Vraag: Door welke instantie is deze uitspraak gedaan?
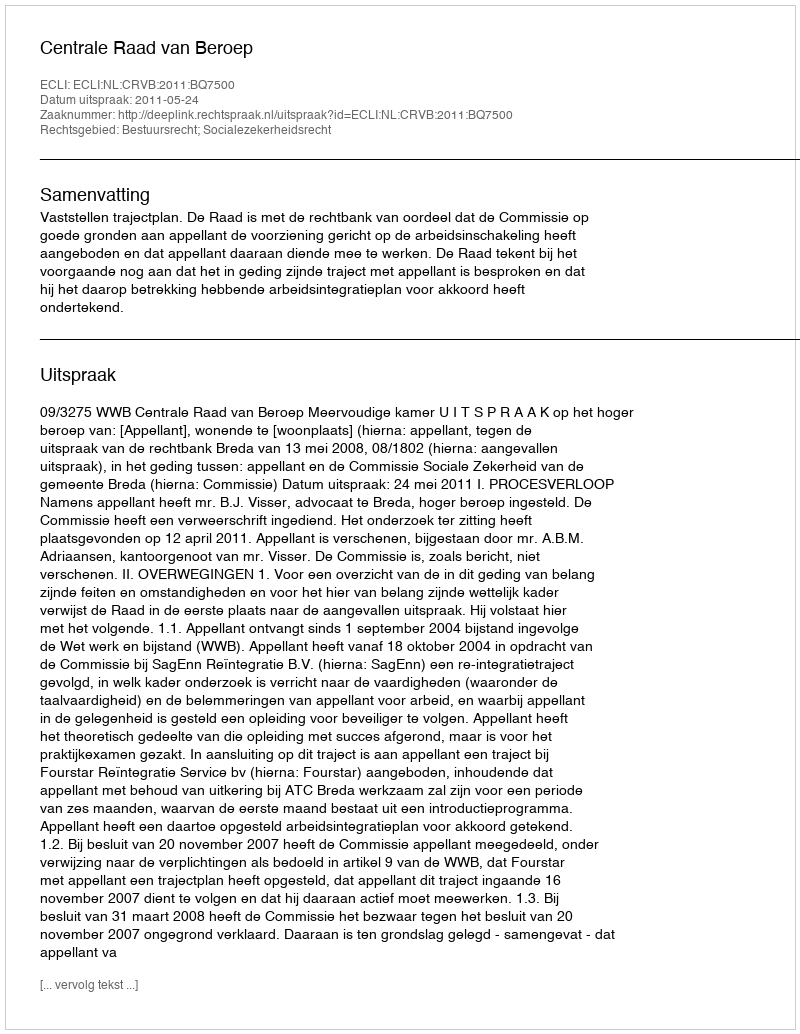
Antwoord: Centrale Raad van Beroep